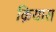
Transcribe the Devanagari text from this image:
क़ियास